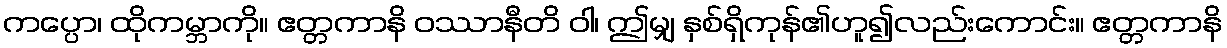
ကပ္ပော၊ ထိုကမ္ဘာကို။ ဧတ္တကာနိ ဝဿာနီတိ ဝါ၊ ဤမျှ နှစ်ရှိကုန်၏ဟူ၍လည်းကောင်း။ ဧတ္တကာနိ